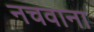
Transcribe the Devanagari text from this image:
नचवाना